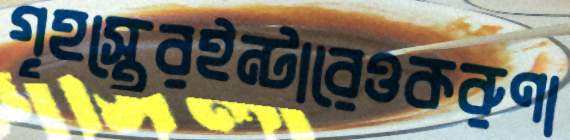
গৃহস্থেরইন্টারেওকরুণা